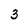
Character: 3